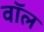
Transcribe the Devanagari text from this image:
वाॅल